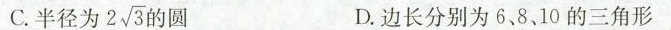
C.半径为2\sqrt3的圆 D.边长分别为6、8、10的三角形